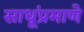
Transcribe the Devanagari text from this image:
साधूंप्रमाणे